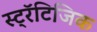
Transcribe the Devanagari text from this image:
स्ट्रॅटिजिक